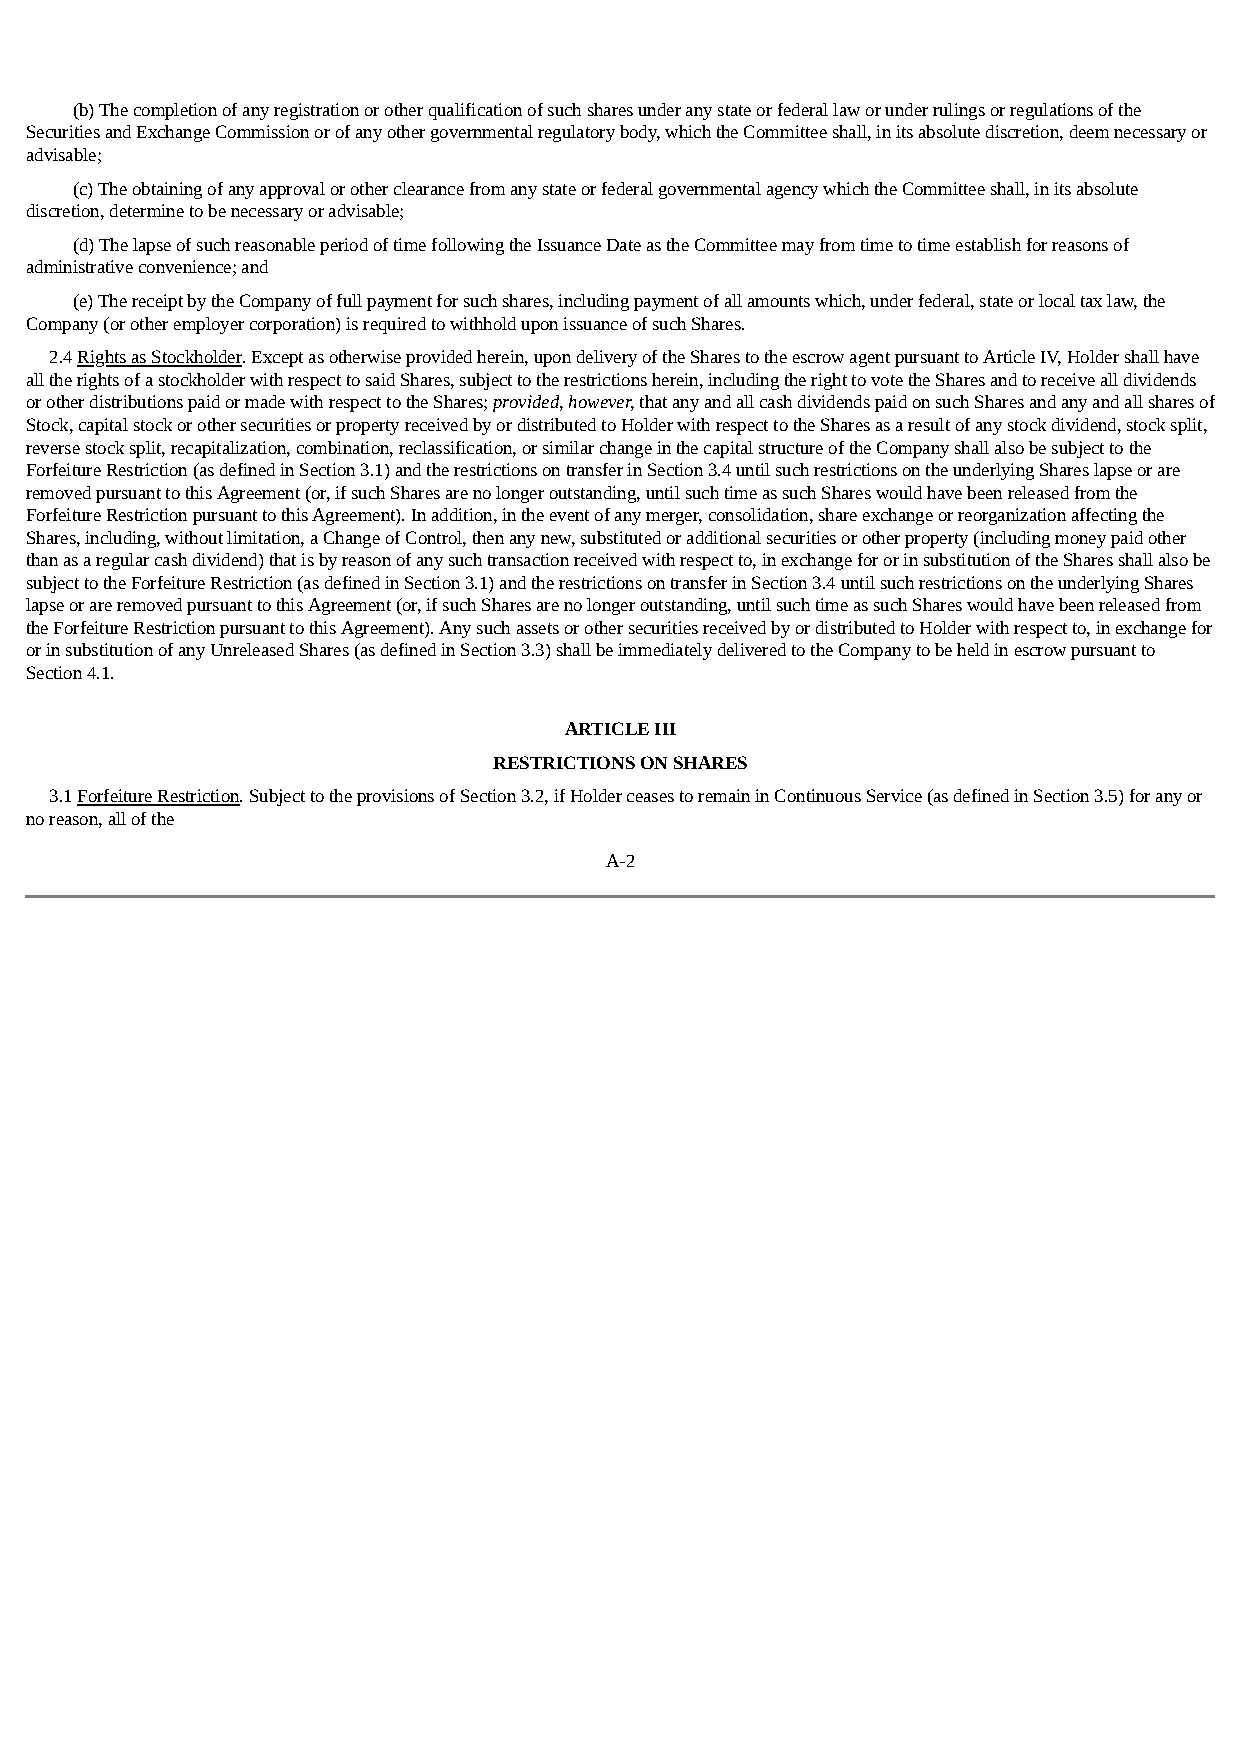
(b) The completion of any registration or other qualification of such shares under any state or federal law or under rulings or regulations of the
 Securities and Exchange Commission or of any other governmental regulatory body, which the Committee shall, in its absolute discretion, deem necessary or
 advisable;
 (c) The obtaining of any approval or other clearance from any state or federal governmental agency which the Committee shall, in its absolute
 discretion, determine to be necessary or advisable;
 (d) The lapse of such reasonable period of time following the Issuance Date as the Committee may from time to time establish for reasons of
 administrative convenience; and
 (e) The receipt by the Company of full payment for such shares, including payment of all amounts which, under federal, state or local tax law, the
 Company (or other employer corporation) is required to withhold upon issuance of such Shares.
 2.4 Rights as Stockholder. Except as otherwise provided herein, upon delivery of the Shares to the escrow agent pursuant to Article IV, Holder shall have
 all the rights of a stockholder with respect to said Shares, subject to the restrictions herein, including the right to vote the Shares and to receive all dividends
 or other distributions paid or made with respect to the Shares; provided, however, that any and all cash dividends paid on such Shares and any and all shares of
 Stock, capital stock or other securities or property received by or distributed to Holder with respect to the Shares as a result of any stock dividend, stock split,
 reverse stock split, recapitalization, combination, reclassification, or similar change in the capital structure of the Company shall also be subject to the
 Forfeiture Restriction (as defined in Section 3.1) and the restrictions on transfer in Section 3.4 until such restrictions on the underlying Shares lapse or are
 removed pursuant to this Agreement (or, if such Shares are no longer outstanding, until such time as such Shares would have been released from the
 Forfeiture Restriction pursuant to this Agreement). In addition, in the event of any merger, consolidation, share exchange or reorganization affecting the
 Shares, including, without limitation, a Change of Control, then any new, substituted or additional securities or other property (including money paid other
 than as a regular cash dividend) that is by reason of any such transaction received with respect to, in exchange for or in substitution of the Shares shall also be
 subject to the Forfeiture Restriction (as defined in Section 3.1) and the restrictions on transfer in Section 3.4 until such restrictions on the underlying Shares
 lapse or are removed pursuant to this Agreement (or, if such Shares are no longer outstanding, until such time as such Shares would have been released from
 the Forfeiture Restriction pursuant to this Agreement). Any such assets or other securities received by or distributed to Holder with respect to, in exchange for
 or in substitution of any Unreleased Shares (as defined in Section 3.3) shall be immediately delivered to the Company to be held in escrow pursuant to
 Section 4.1.
 ARTICLE III
 RESTRICTIONS ON SHARES
 3.1 Forfeiture Restriction. Subject to the provisions of Section 3.2, if Holder ceases to remain in Continuous Service (as defined in Section 3.5) for any or
 no reason, all of the
 A-2